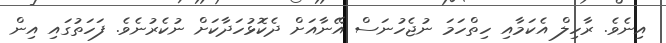
އިނެވެ. ރާހިލް އެކަމާއި ހިތްހަމަ ނުޖެހުނަސް އޭނާއަށް ދެކޮޅުހަދާކަށް ނުކެރުނެވެ. ފަހަތުގައި އިން